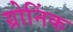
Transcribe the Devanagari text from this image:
ग्रोनिंक